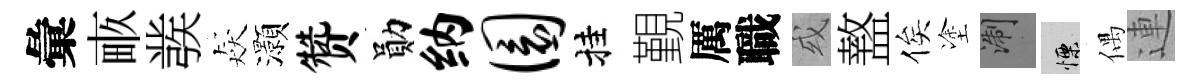
彙畞彂猋灝赞勛纳圜挂覲厲職或盩俟塗浙慄偶連